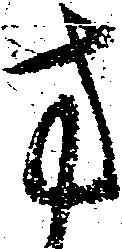
方